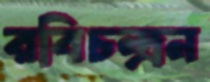
রবিচন্দ্রন